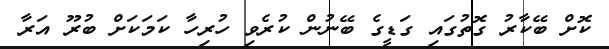
ކޮށް ބޭކާރު ގޮތުގައި ގަޑީގެ ބޭނުން ކުރެވި ހުރިހާ ކަމަކަށް ބުރޫ އަރާ